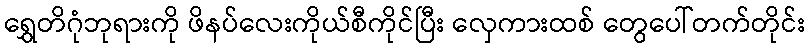
ရွှေတိဂုံဘုရားကို ဖိနပ်လေးကိုယ်စီကိုင်ပြီး လှေကားထစ် တွေပေါ်တက်တိုင်း